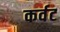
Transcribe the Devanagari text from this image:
कर्वट